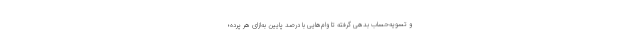
و تسویه‌حساب بدهی گرفته تا وام‌هایی با درصد پایین به‌ازای هر پرده؛